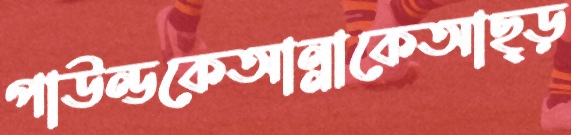
পাউন্ডকেআন্নাকেআছ্‌ড়